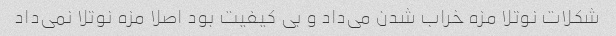
شکلات نوتلا مزه خراب شدن می‌داد و بی کیفیت بود اصلا مزه نوتلا نمی‌داد